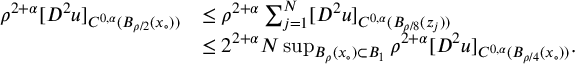
\begin{array} { r l } { \rho ^ { 2 + \alpha } [ D ^ { 2 } u ] _ { C ^ { 0 , \alpha } ( B _ { \rho / 2 } ( x _ { \circ } ) ) } } & { \le \rho ^ { 2 + \alpha } \sum _ { j = 1 } ^ { N } [ D ^ { 2 } u ] _ { C ^ { 0 , \alpha } ( B _ { \rho / 8 } ( z _ { j } ) ) } } \\ & { \le 2 ^ { 2 + \alpha } N \operatorname* { s u p } _ { B _ { \rho } ( x _ { \circ } ) \subset B _ { 1 } } \rho ^ { 2 + \alpha } [ D ^ { 2 } u ] _ { C ^ { 0 , \alpha } ( B _ { \rho / 4 } ( x _ { \circ } ) ) } . } \end{array}